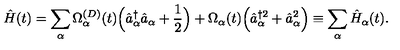
\hat { H } ( t ) = \sum _ { \alpha } \Omega _ { \alpha } ^ { ( D ) } ( t ) \Bigl ( \hat { a } _ { \alpha } ^ { \dagger } \hat { a } _ { \alpha } + \frac { 1 } { 2 } \Bigr ) + \Omega _ { \alpha } ( t ) \Bigl ( \hat { a } _ { \alpha } ^ { \dagger 2 } + \hat { a } _ { \alpha } ^ { 2 } \Bigr ) \equiv \sum _ { \alpha } \hat { H } _ { \alpha } ( t ) .